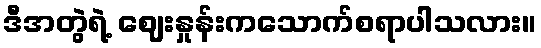
ဒီအတွဲရဲ့ ဈေးနှုန်းကသောက်စရာပါသလား။